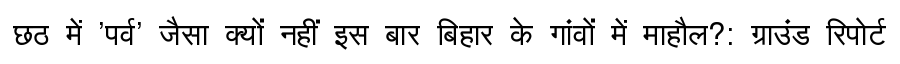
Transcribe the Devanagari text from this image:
छठ में 'पर्व' जैसा क्यों नहीं इस बार बिहार के गांवों में माहौल?: ग्राउंड रिपोर्ट